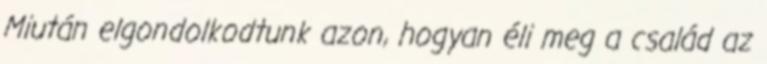
Miután elgondolkodtunk azon, hogyan éli meg a család az